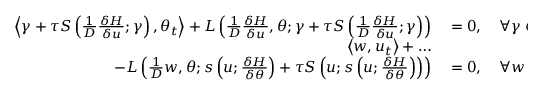
\begin{array} { r l } { \left\langle \gamma + \tau S \left( \frac { 1 } { D } \frac { \delta H } { \delta u } ; \gamma \right) , \theta _ { t } \right\rangle + L \left( \frac { 1 } { D } \frac { \delta H } { \delta u } , \theta ; \gamma + \tau S \left( \frac { 1 } { D } \frac { \delta H } { \delta u } ; \gamma \right) \right) } & { { } = 0 , \quad \forall \gamma \in \mathbb { W } _ { \theta } , } \\ { \left\langle w , u _ { t } \right\rangle + \ldots } & { { } } \\ { \qquad - L \left( \frac { 1 } { D } w , \theta ; s \left( u ; \frac { \delta H } { \delta \theta } \right) + \tau S \left( u ; s \left( u ; \frac { \delta H } { \delta \theta } \right) \right) \right) } & { { } = 0 , \quad \forall w \in \mathbb { W } _ { h } ^ { 1 } , } \end{array}